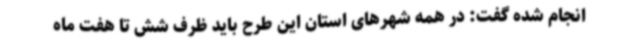
انجام شده گفت: در همه شهرهای استان این طرح باید ظرف شش تا هفت ماه